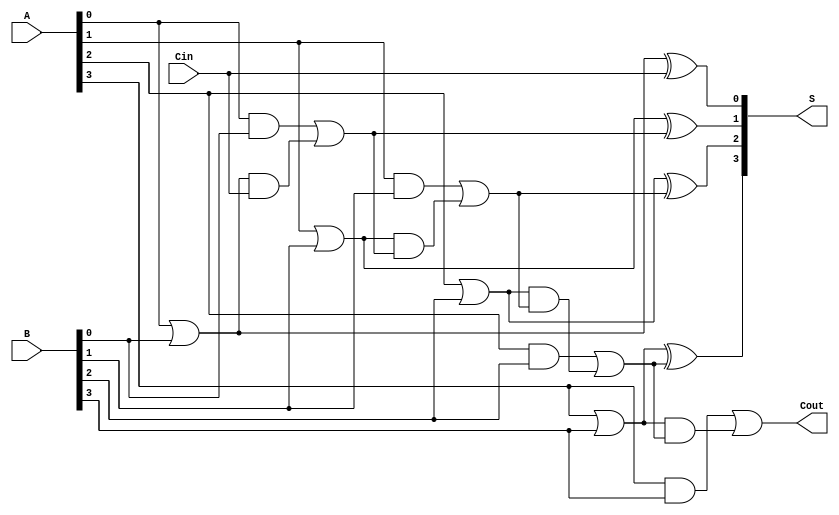
module CarryLookaheadAdder #(parameter N = 4) (
    input [N-1:0] A,      // First n-bit input
    input [N-1:0] B,      // Second n-bit input
    input Cin,            // Carry-in
    output [N-1:0] S,     // Sum output
    output Cout           // Carry-out
);

    wire [N-1:0] G;       // Generate signals
    wire [N-1:0] P;       // Propagate signals
    wire [N:0] C;         // Carry signals (C[0] is Cin)

    // Generate and Propagate calculations
    generate
        genvar i;
        for (i = 0; i < N; i = i + 1) begin : gen_propagate
            assign G[i] = A[i] & B[i];                 // Gi = Ai & Bi
            assign P[i] = A[i] | B[i];                 // Pi = Ai | Bi
        end
    endgenerate
    
    // Carry calculations
    assign C[0] = Cin;                                 // C0 = Cin
    generate
        for (i = 0; i < N; i = i + 1) begin : carry_logic
            if (i == 0) begin
                assign C[i + 1] = G[i] | (P[i] & C[i]); // C1 = G0 + P0 * C0
            end else begin
                assign C[i + 1] = G[i] | (P[i] & C[i]); // Ci+1 = Gi + Pi * Ci
            end
        end
    endgenerate

    // Sum calculations
    generate
        for (i = 0; i < N; i = i + 1) begin : sum_logic
            assign S[i] = P[i] ^ C[i];                   // Si = Pi ^ Ci
        end
    endgenerate

    // Carry Out
    assign Cout = C[N];                                // Cout = CN

endmodule